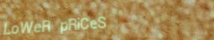
LoWeR pRiCeS